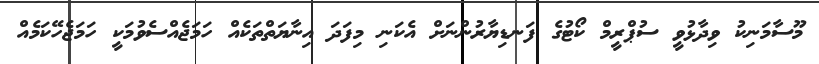
މޫސާމަނިކު ވިދާޅުވީ ސުޕްރީމް ކޯޓުގެ ފަނޑިޔާރުންނަށް އެކަނި މިފަދަ އިނާޔަތްތަކެއް ހަމަޖެއްސެވުމަކީ ހަމަޖެހޭކަމެއް